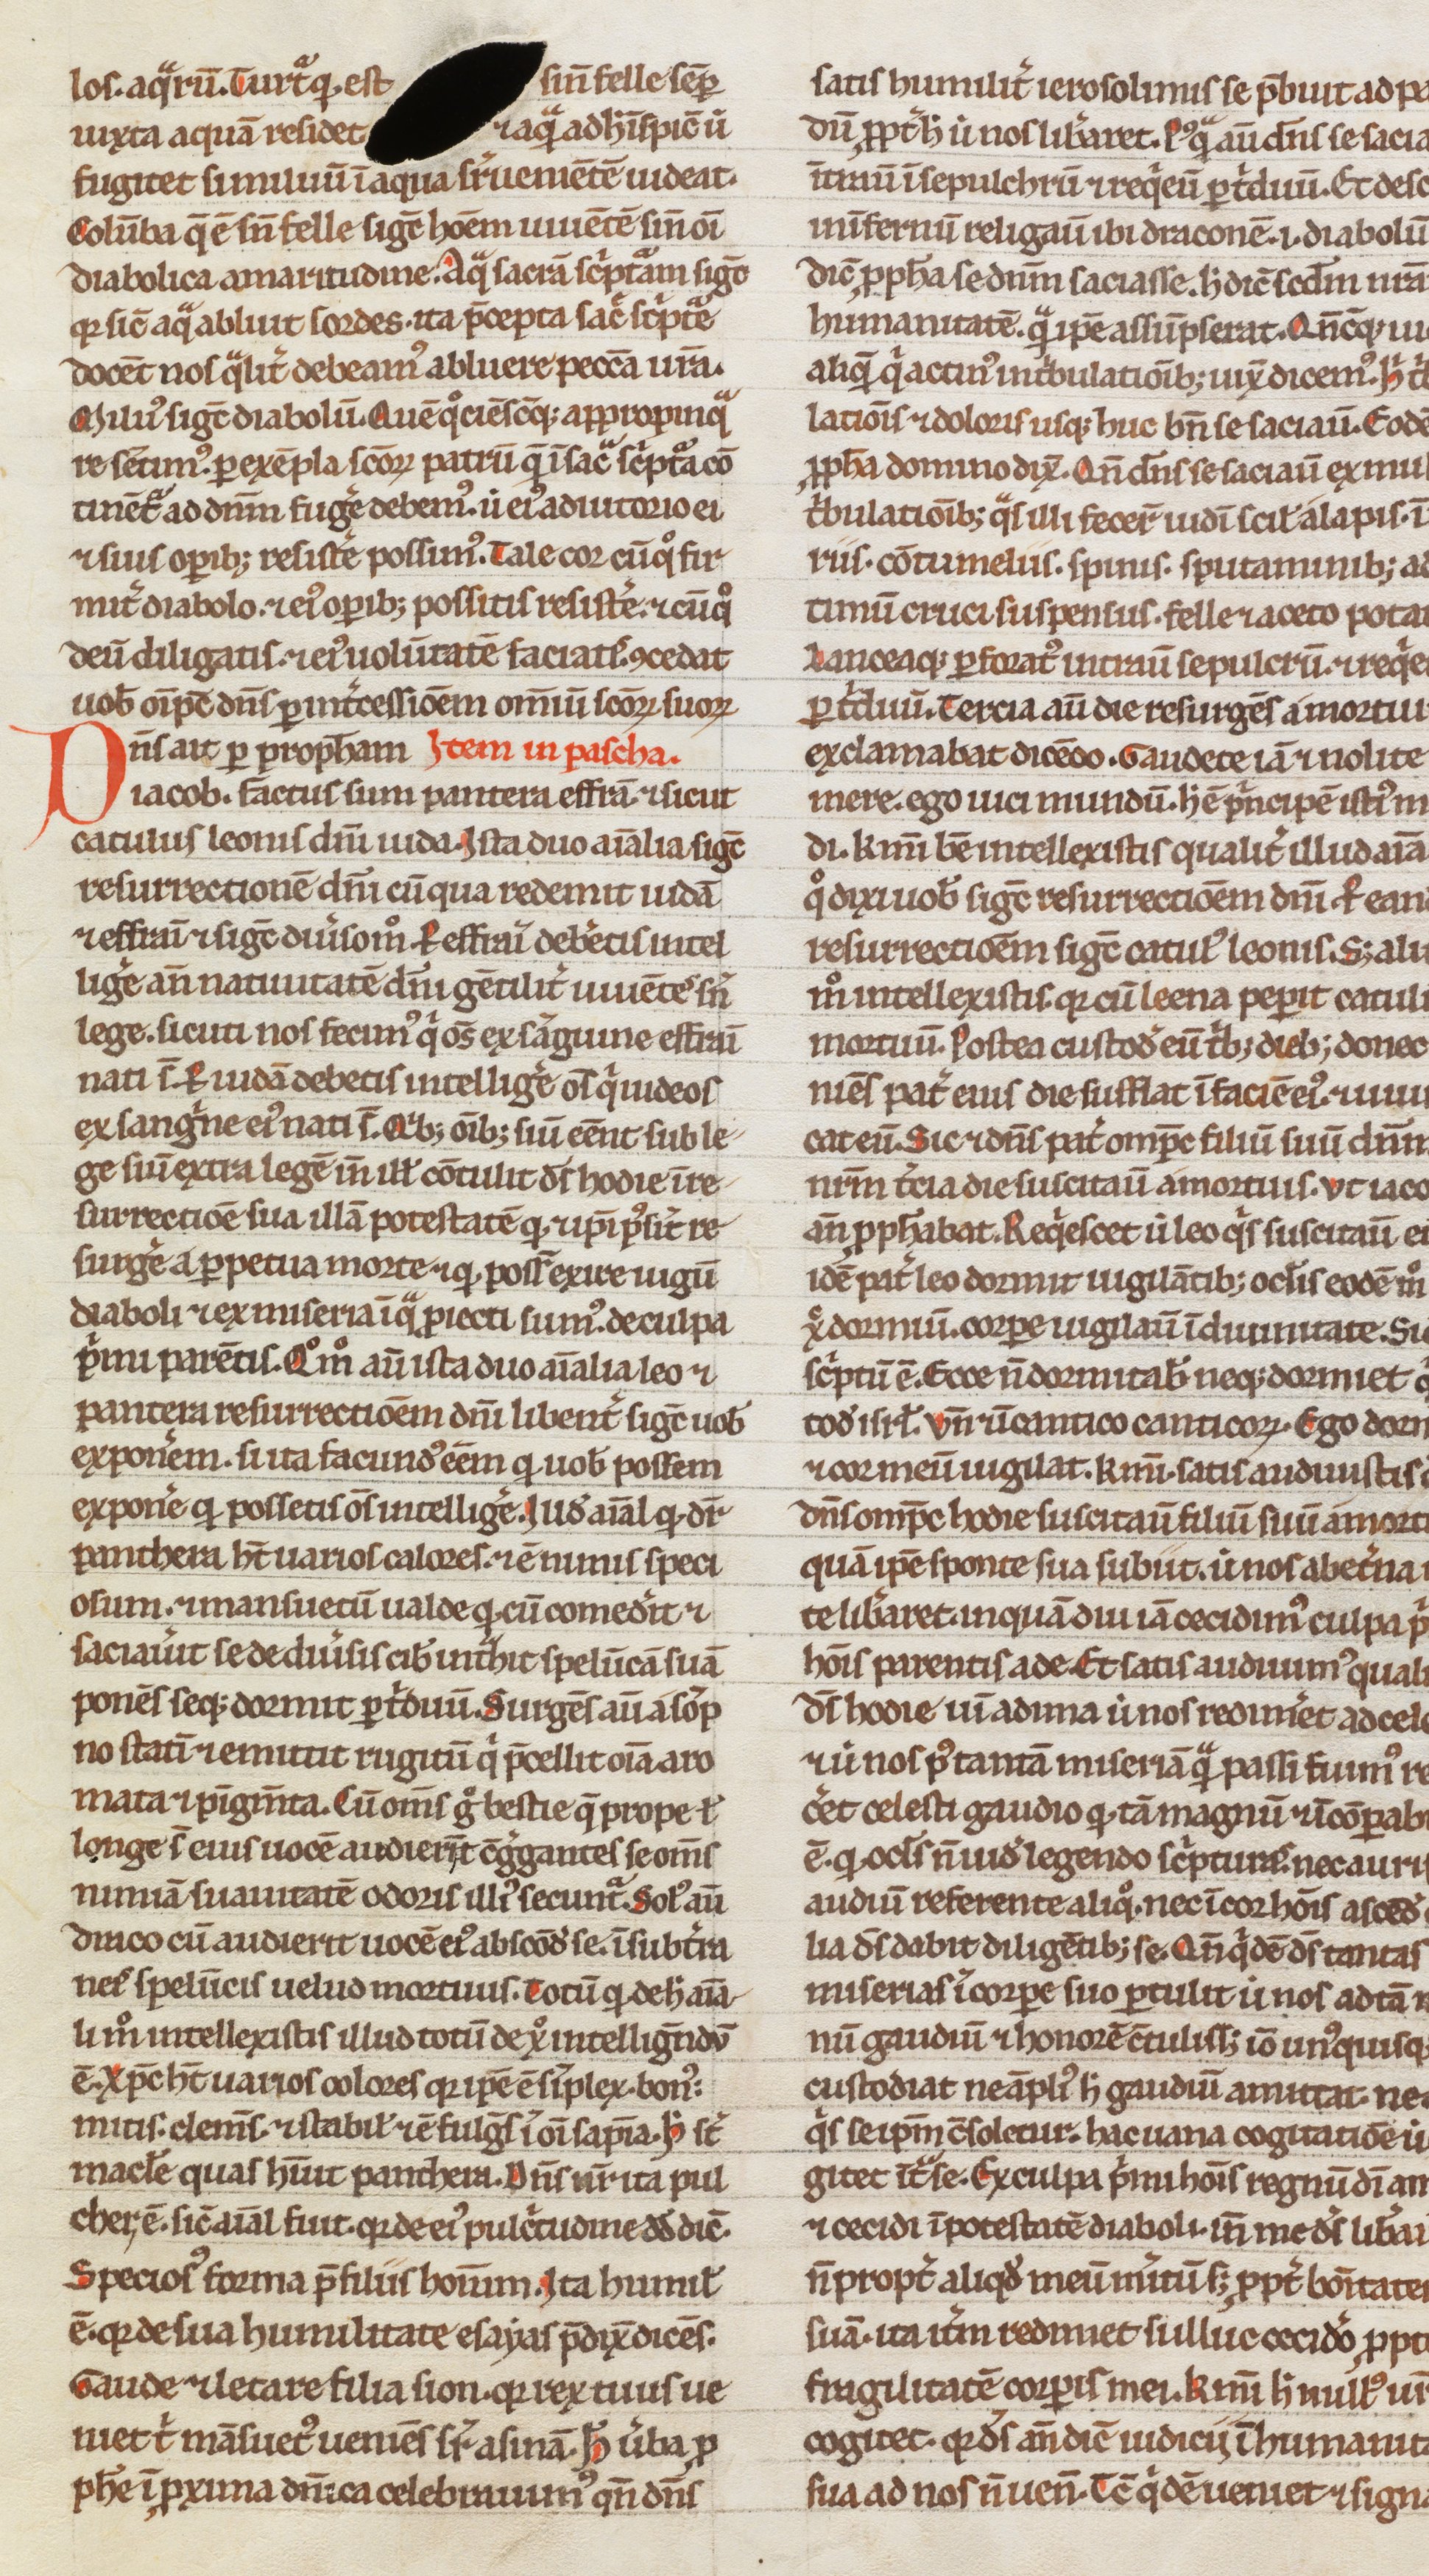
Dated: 1200–1249